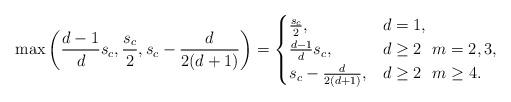
LaTeX: \begin{align*}\max \left( \frac{d-1}{d} s_c, \frac{s_c}{2}, s_c - \frac{d}{2(d+1)} \right)=\begin{cases}\frac{s_c}{2}, & d=1, \\\frac{d-1}{d} s_c, & d\ge 2\ \ m=2, 3, \\s_c - \frac{d}{2(d+1)}, & d\ge 2\ \ m\ge 4.\end{cases}\end{align*}